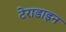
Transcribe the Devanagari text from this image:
टेराडाइन